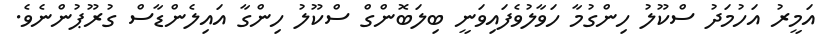
އަމީރު އަހުމަދު ސްކޫލު ހިންގުމާ ހަވާލުވެފައިވަނީ ބިލަބޮންގް ސްކޫލު ހިންގާ އައިލެންޑާސް ގުރޫޕުންނެވެ.